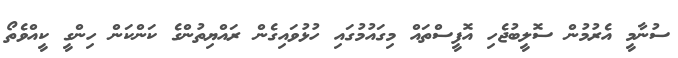
ސުނާމީ އެރުމުން ސޮލީބުޖެހި އޮފީސްތައް މިގައުމުގައި ހުޅުވައިގެން ރައްޔިތުންގެ ކަންކަން ހިންގީ ކީއްވެތޯ